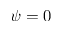
\psi = 0